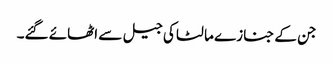
جن کے جنازے مالٹا کی جیل سے اٹھائے گئے۔